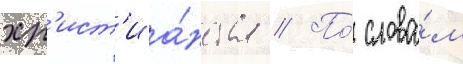
хр'ист'иа́нства // По́ слова́м